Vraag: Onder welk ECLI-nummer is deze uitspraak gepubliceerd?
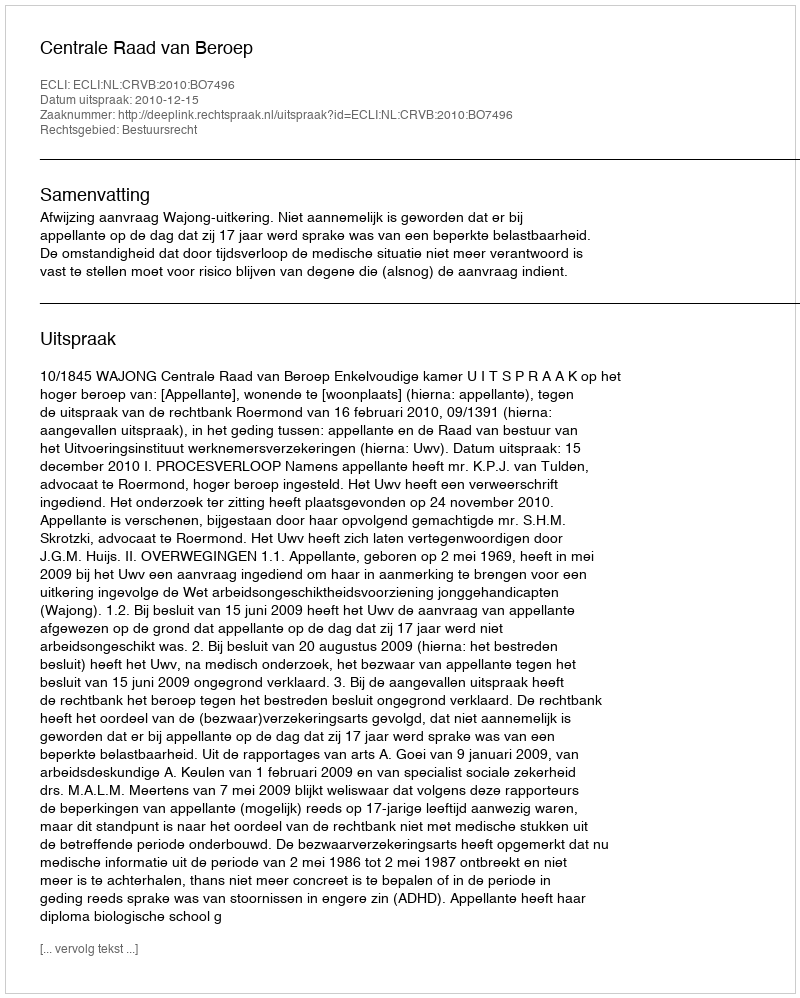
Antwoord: ECLI:NL:CRVB:2010:BO7496